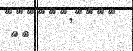
١٣